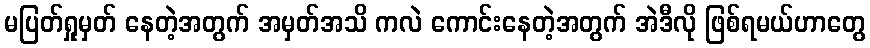
မပြတ်ရှုမှတ် နေတဲ့အတွက် အမှတ်အသိ ကလဲ ကောင်းနေတဲ့အတွက် အဲဒီလို ဖြစ်ရမယ်ဟာတွေ